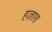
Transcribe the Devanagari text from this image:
हज़ार।